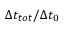
\Delta t _ { t o t } / \Delta t _ { 0 }